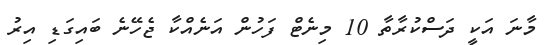
މާނަ އަކީ ދަސްކުރާތާ 10 މިނެޓް ފަހުން އަނެއްކާ ޖެހޭނެ ބައިގަޑި އިރު